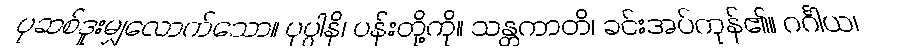
ပုဆစ်ဒူးမျှလောက်သော။ ပုပ္ပါနိ၊ ပန်းတို့ကို။ သန္တကာတိ၊ ခင်းအပ်ကုန်၏။ ဂင်္ဂါယ၊